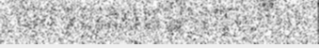
បោះទុនជាបណ្តើរៗហើយ